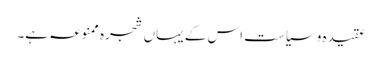
عقیدہ و سیاست اس کے یہاں شجرہ ممنوعہ ہے۔